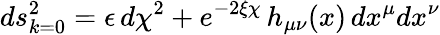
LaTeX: ds_{k=0}^{2}=\epsilon\, d\chi^{2}+e^{-2\xi\chi}\, h_{\mu\nu}(x)\, dx^{\mu}dx^{\nu}